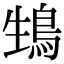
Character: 䲼